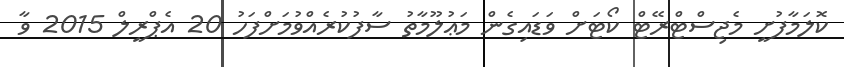
ކޮލަމާފުށީ މެޖިސްޓްރޭޓް ކޯޓަށް ވަޑައިގެން މަޢުލޫމާތު ސާފުކުރެއްވުމަށްފަހު 20 އެޕްރީލް 2015 ވާ